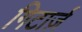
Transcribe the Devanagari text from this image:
गिटार्ज़